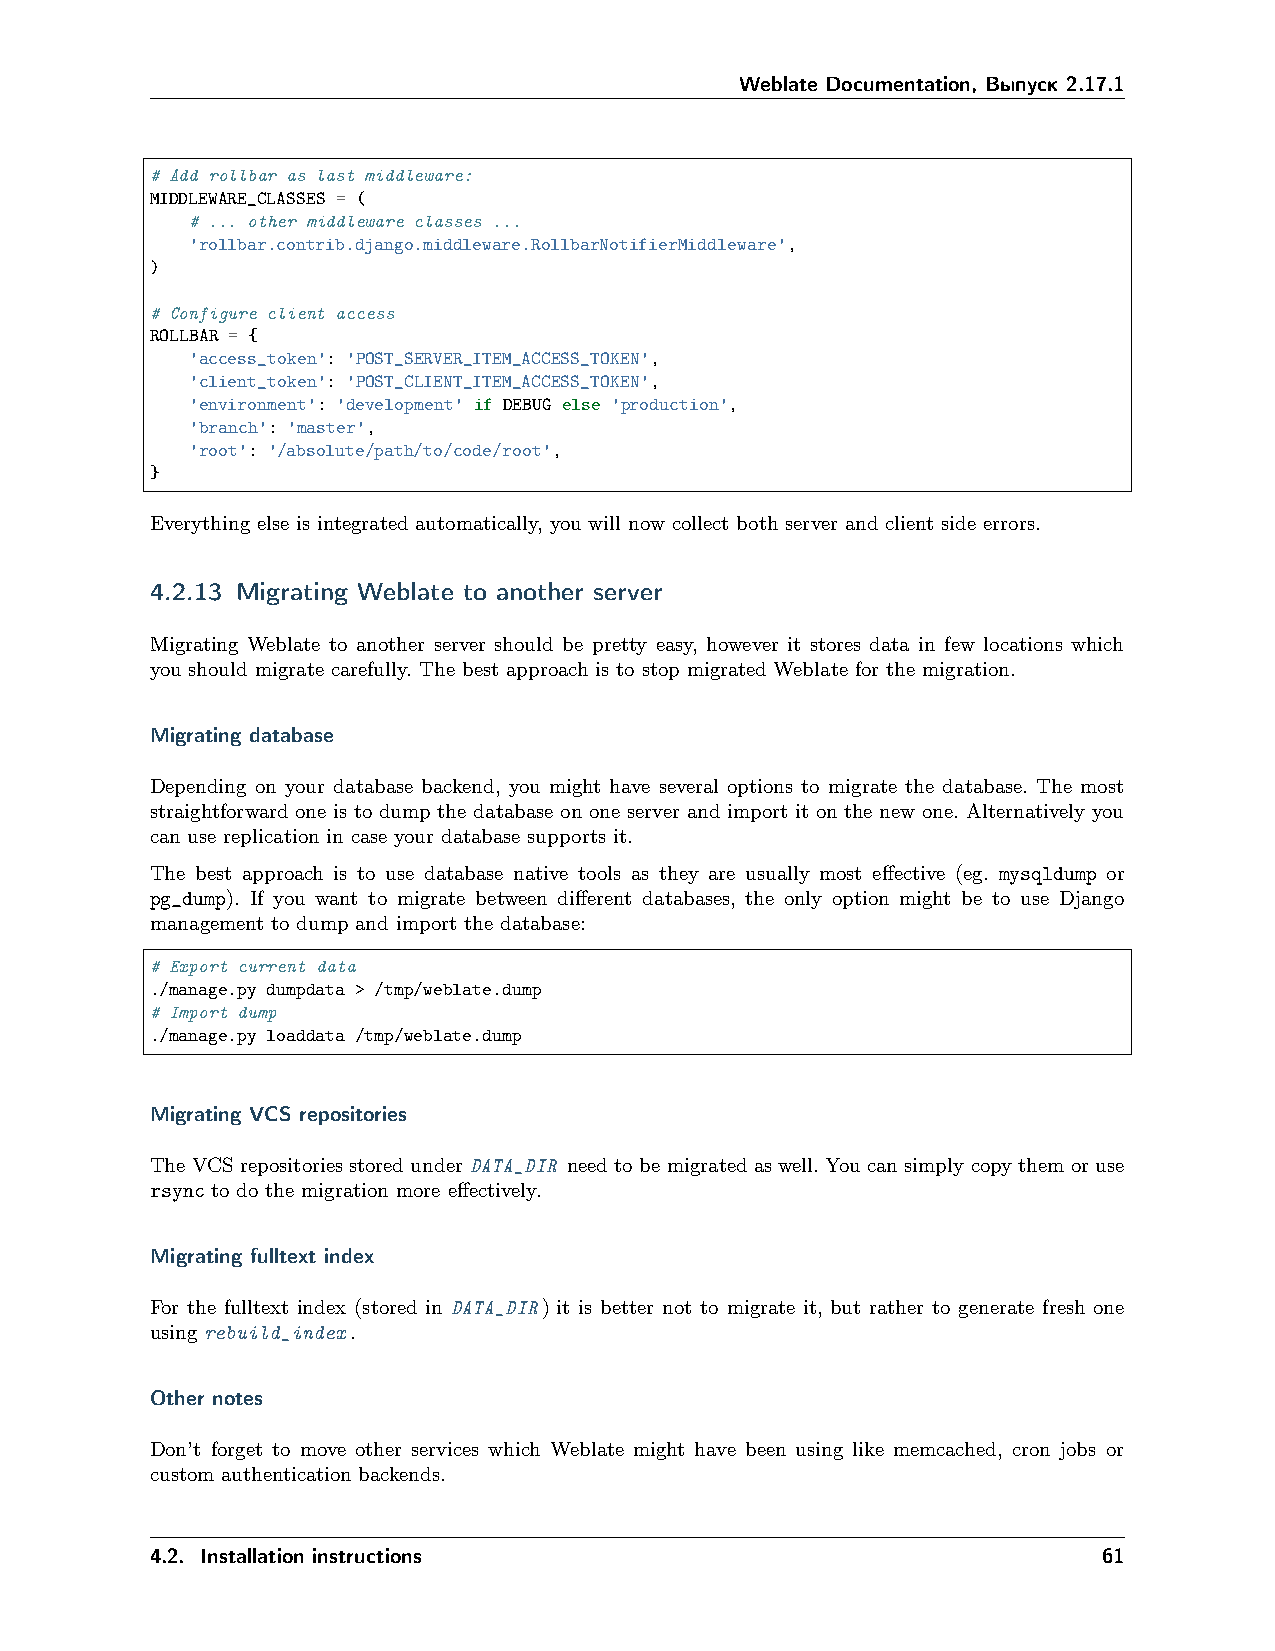
Weblate Documentation, Выпуск 2.17.1
 # Add rollbar as last middleware:
 MIDDLEWARE_CLASSES = (
 # ... other middleware classes ...
 'rollbar.contrib.django.middleware.RollbarNotifierMiddleware',
 )
 # Configure client access
 ROLLBAR = {
 'access_token': 'POST_SERVER_ITEM_ACCESS_TOKEN',
 'client_token': 'POST_CLIENT_ITEM_ACCESS_TOKEN',
 'environment': 'development' if DEBUG else 'production',
 'branch': 'master',
 'root': '/absolute/path/to/code/root',
 }
 Everything else is integrated automatically, you will now collect both server and client side errors.
 4.2.13 Migrating Weblate to another server
 Migrating Weblate to another server should be pretty easy, however it stores data in few locations which
 you should migrate carefully. The best approach is to stop migrated Weblate for the migration.
 Migrating database
 Depending on your database backend, you might have several options to migrate the database. The most
 straightforward one is to dump the database on one server and import it on the new one. Alternatively you
 can use replication in case your database supports it.
 The best approach is to use database native tools as they are usually most effective (eg. mysqldump or
 pg_dump). If you want to migrate between different databases, the only option might be to use Django
 management to dump and import the database:
 # Export current data
 ./manage.py dumpdata > /tmp/weblate.dump
 # Import dump
 ./manage.py loaddata /tmp/weblate.dump
 Migrating VCS repositories
 The VCS repositories stored under DATA_DIR need to be migrated as well. You can simply copy them or use
 rsync to do the migration more effectively.
 Migrating fulltext index
 For the fulltext index (stored in DATA_DIR) it is better not to migrate it, but rather to generate fresh one
 using rebuild_index.
 Other notes
 Don’t forget to move other services which Weblate might have been using like memcached, cron jobs or
 custom authentication backends.
 4.2. Installation instructions                                 61